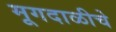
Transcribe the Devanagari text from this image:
मूगदाळीचे